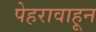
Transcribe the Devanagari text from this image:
पेहरावाहून